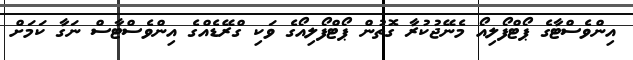
އިންވެސްޓާގެ ޕޯޓްފޯލިއޯ މެނޭޖުކުރާ ގޮތުން ޕޯޓްފޯލިއޯގެ ވަކި ގްރޭޑެއްގެ އިންވެސްޓާސް ނަގާ ކަމަށް